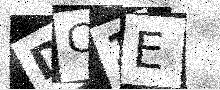
Text: DC1E